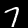
Label: 7